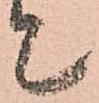
て